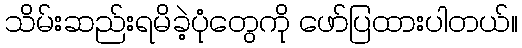
သိမ်းဆည်းရမိခဲ့ပုံတွေကို ဖော်ပြထားပါတယ်။